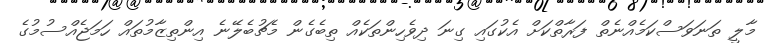
މާލީ ތަނަވަސްކަމެއްނެތް ފަރާތްކަށް އެކުގައި ގިނަ ދިވެހިންތަކެއް ތިބެގެން މެޗުބެލޭނެ އިންތިޒާމުތައް ހަމަޖެއްސުމުގެ